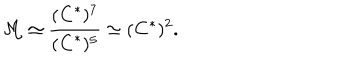
{ \cal M } \simeq \frac { ( { \bf C } ^ { * } ) ^ { 7 } } { ( { \bf C } ^ { * } ) ^ { 5 } } \simeq { ( { \bf C } ^ { * } ) ^ { 2 } } .